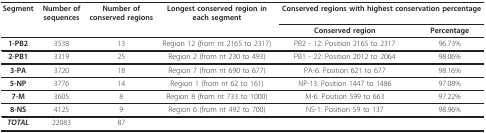
<table><thead><tr><td><b>Segment</b></td><td><b>Number of sequences</b></td><td><b>Number of conserved regions</b></td><td><b>Longest conserved region in each segment</b></td><td colspan="2"><b>Conserved regions with highest conservation percentage</b></td></tr><tr><td></td><td></td><td></td><td></td><td><b>Conserved region</b></td><td><b>Percentage</b></td></tr></thead><tbody><tr><td><b>1-PB2</b></td><td>3538</td><td>13</td><td>Region 12 (from nt 2165 to 2317)</td><td>PB2 - 12: Position 2165 to 2317</td><td>96.73%</td></tr><tr><td><b>2-PB1</b></td><td>3319</td><td>25</td><td>Region 2 (from nt 230 to 493)</td><td>PB1 - 22: Position 2012 to 2064</td><td>98.06%</td></tr><tr><td><b>3-PA</b></td><td>3720</td><td>18</td><td>Region 7 (from nt 690 to 677)</td><td>PA-6: Position 621 to 677</td><td>98.16%</td></tr><tr><td><b>5-NP</b></td><td>3776</td><td>14</td><td>Region 1 (from nt 62 to 161)</td><td>NP-13: Position 1447 to 1486</td><td>97.08%</td></tr><tr><td><b>7-M</b></td><td>3605</td><td>8</td><td>Region 8 (from nt 733 to 1000)</td><td>M-6: Position 599 to 663</td><td>97.22%</td></tr><tr><td><b>8-NS</b></td><td>4125</td><td>9</td><td>Region 6 (from nt 492 to 700)</td><td>NS-1: Position 59 to 137</td><td>98.96%</td></tr><tr><td><b><i>TOTAL</i></b></td><td>22083</td><td>87</td><td></td><td></td><td></td></tr></tbody></table>